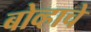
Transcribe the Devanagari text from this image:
बोव्हाचे